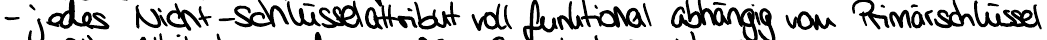
- jedes Nicht-Schlüsselattribut voll funktional abhängig von Primärschlüssel